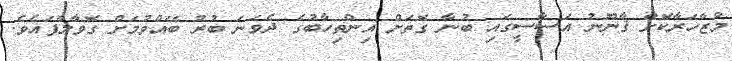
މުޒާހަރާކޮށް ޤާނޫނު އަސާސީގައި ބުނާ ގޮތަށް އިންތިހާބުގެ ދެވަނަ ބުރު ބޭއްވުމަށް ގޮވާލާފައެވެ.